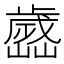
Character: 𣦭